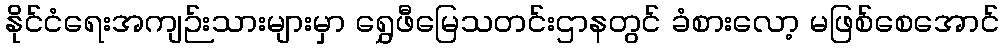
နိုင်ငံရေးအကျဉ်းသားများမှာ ရွှေဖီမြေသတင်းဌာနတွင် ခံစားလော့ မဖြစ်စေအောင်